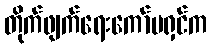
တိုက်ဖျက်ရေးကော်မရှင်က